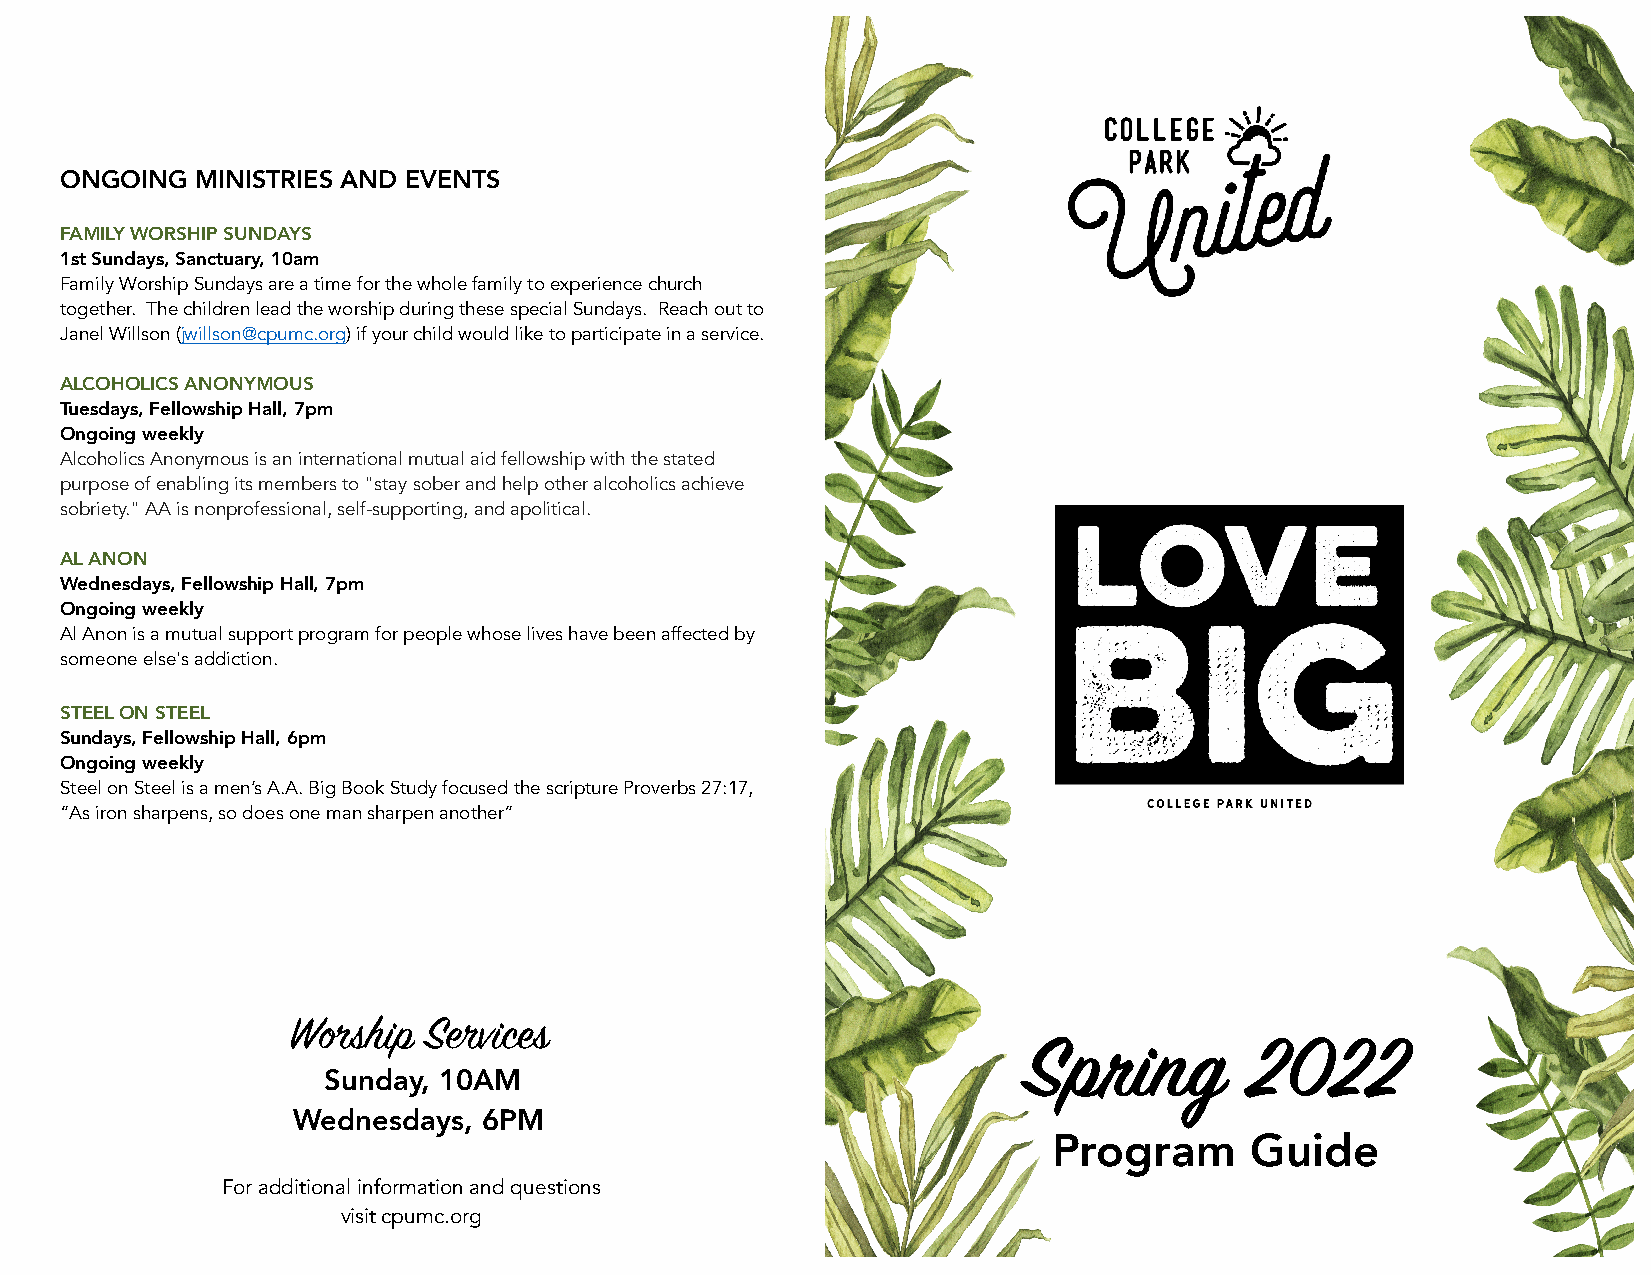
ONGOING  MINISTRIES AND EVENTS
 FAMILY WORSHIP SUNDAYS
 1st Sundays, Sanctuary, 10am
 Family Worship Sundays are a time for the whole family to experience church
 together. The children lead the worship during these special Sundays. Reach out to
 Janel Willson (jwillson@cpumc.org) if your child would like to participate in a service.
 ALCOHOLICS ANONYMOUS
 Tuesdays, Fellowship Hall, 7pm
 Ongoing weekly
 Alcoholics Anonymous is an international mutual aid fellowship with the stated
 purpose of enabling its members to "stay sober and help other alcoholics achieve
 sobriety." AA is nonprofessional, self-supporting, and apolitical.
 AL ANON
 Wednesdays, Fellowship Hall, 7pm
 Ongoing weekly
 Al Anon is a mutual support program for people whose lives have been affected by
 someone else's addiction.
 STEEL ON STEEL
 Sundays, Fellowship Hall, 6pm
 Ongoing weekly
 Steel on Steel is a men’s A.A. Big Book Study focused the scripture Proverbs 27:17,
 “As iron sharpens, so does one man sharpen another”
 Worship  Services
 Spring         2022
 Sunday, 10AM
 Wednesdays,  6PM
 Program      Guide
 For additional information and questions
 visit cpumc.org